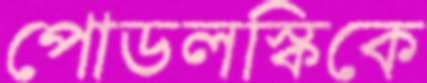
পোডলস্কিকে